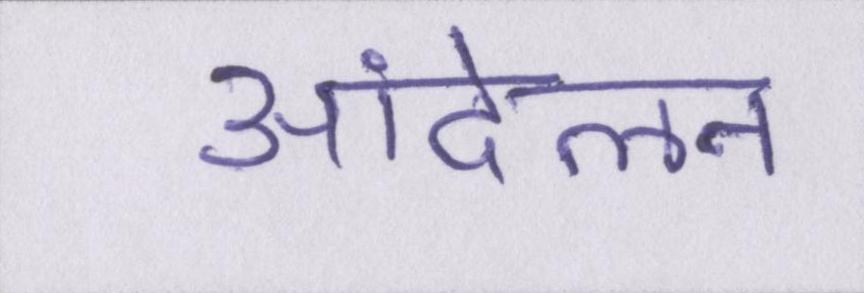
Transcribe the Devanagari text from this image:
आंदेलन